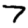
Digit: 7